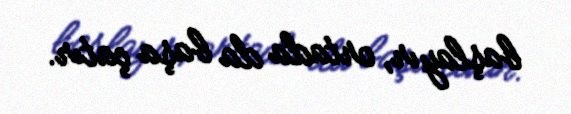
başlayır, ortada da başa çatır.